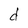
Character: d